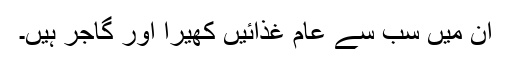
ان میں سب سے عام غذائیں کھیرا اور گاجر ہیں۔